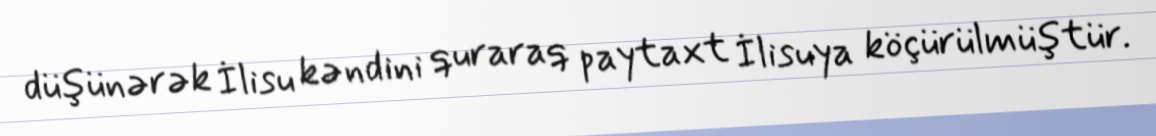
düşünərək İlisu kəndini quraraq paytaxt İlisuya köçürülmüştür.